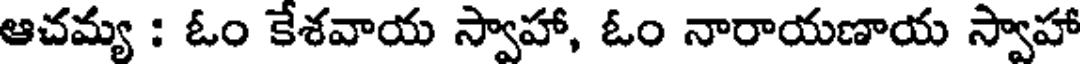
ఆచమ్య : ఓం కేశవాయ స్వాహా, ఓం నారాయణాయ స్వాహా